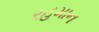
રહમાન